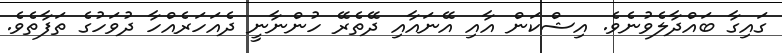
ގައިގާ ބައްދާލެވުނެވެ. އިޝްކަން އާއި އޭނައާއި ދޭތެރޭ ހުންނާނީ ދެއަހަރެއްހާ ދުވަހުގެ ތަފާތެވެ.